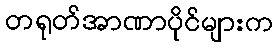
တရုတ်အာဏာပိုင်များက